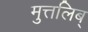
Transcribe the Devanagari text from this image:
मुत्तलिब्